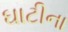
ઘાટીના